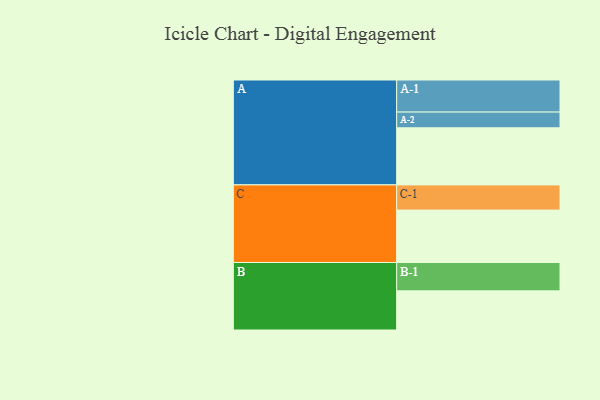
{"axis": {"x": "Segment", "y": "Value"}, "legend": ["", "A", "B", "C"], "data": [{"x": "A", "y": 525, "type": ""}, {"x": "B", "y": 360, "type": ""}, {"x": "C", "y": 482, "type": ""}, {"x": "A-1", "y": 295, "type": "A"}, {"x": "A-2", "y": 145, "type": "A"}, {"x": "B-1", "y": 261, "type": "B"}, {"x": "C-1", "y": 232, "type": "C"}]}